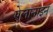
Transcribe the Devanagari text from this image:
ऐलानाइन